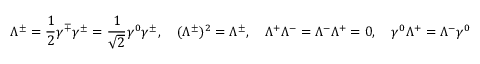
\Lambda ^ { \pm } = { \frac { 1 } { 2 } } \gamma ^ { \mp } \gamma ^ { \pm } = { \frac { 1 } { \sqrt { 2 } } } \gamma ^ { 0 } \gamma ^ { \pm } , \quad ( { \Lambda ^ { \pm } } ) ^ { 2 } = { \Lambda ^ { \pm } } , \quad { \Lambda ^ { + } } \Lambda ^ { - } = \Lambda ^ { - } \Lambda ^ { + } = 0 , \quad \gamma ^ { 0 } \Lambda ^ { + } = \Lambda ^ { - } \gamma ^ { 0 }